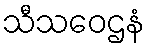
သီသဝေဌနံ